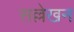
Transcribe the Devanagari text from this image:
सल्लेखन